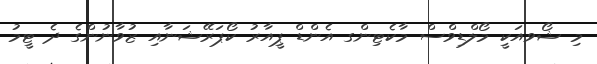
މި ޝޯވއަކީ މޯލްޑިވްސް މާކެޓިންގ އެންޑް ޕީއާރު ކޯޕަރޭޝަނާއި ޒުވާނުންގެ ދެ ޓީމު